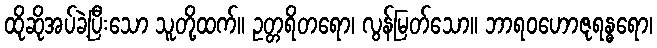
ထိုဆိုအပ်ခဲ့ပြီးသော သူတို့ထက်။ ဥတ္တရိတရော၊ လွန်မြတ်သော။ ဘာရဝဟောဇုရန္ဓရော၊